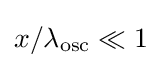
x/\lambda _{\text{osc}}\ll 1